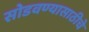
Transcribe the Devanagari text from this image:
सोडवण्यासाठीचे